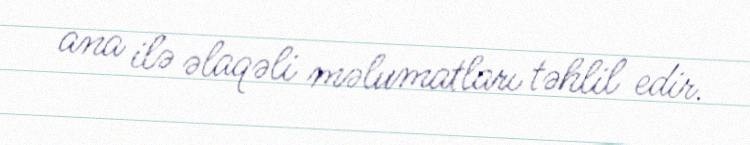
ana ilə əlaqəli məlumatları təhlil edir.